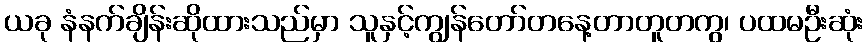
ယခု နံနက်ချိန်းဆိုထားသည်မှာ သူနှင့်ကျွန်တော်တနေ့တာတူတကွ၊ ပထမဦးဆုံး